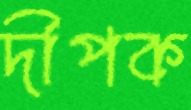
দীপক